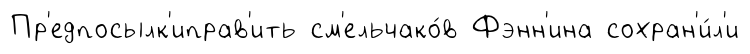
Пр'едпосылк'иправ'ить см'ельчако́в Фэнн'ина сохран'и́л'и